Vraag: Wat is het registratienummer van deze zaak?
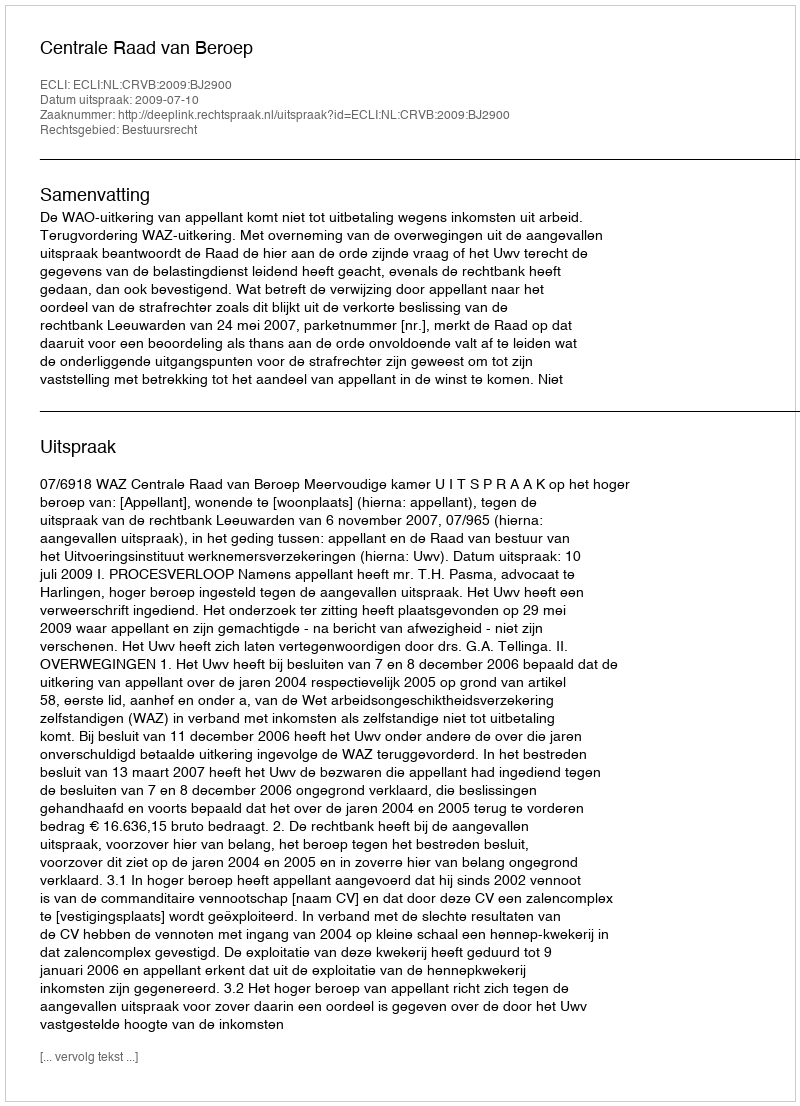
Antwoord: http://deeplink.rechtspraak.nl/uitspraak?id=ECLI:NL:CRVB:2009:BJ2900